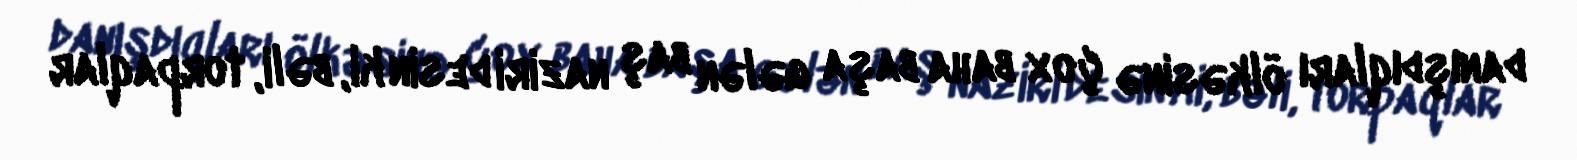
danışdıqları ölkəsinə çox baha başa gələn baş naziri desin ki, bəli, torpaqlar